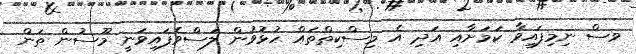
ވސް ނިމިފައިވާ ކަމަށާއި އަދި އެ މިސްކިތްތައް ހުޅުވުން ލަސްވެފައިވަނީ މޫސުން ތަން